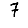
Digit: 7